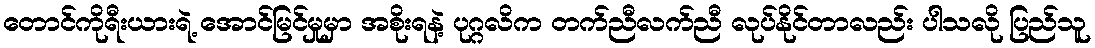
တောင်ကိုရီးယားရဲ့ အောင်မြင်မှုမှာ အစိုးရနဲ့ ပုဂ္ဂလိက တက်ညီလက်ညီ လုပ်နိုင်တာလည်း ပါသလို ပြည်သူ